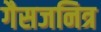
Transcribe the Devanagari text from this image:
गैसजनित्र